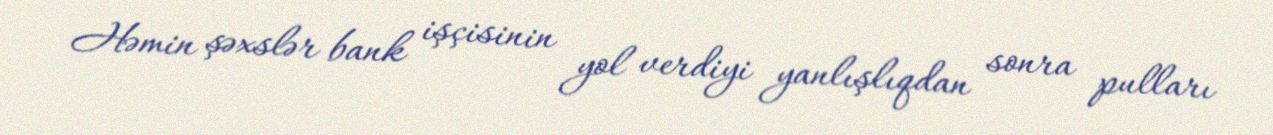
Həmin şəxslər bank işçisinin yol verdiyi yanlışlıqdan sonra pulları